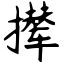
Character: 撵